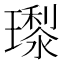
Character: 𭺊